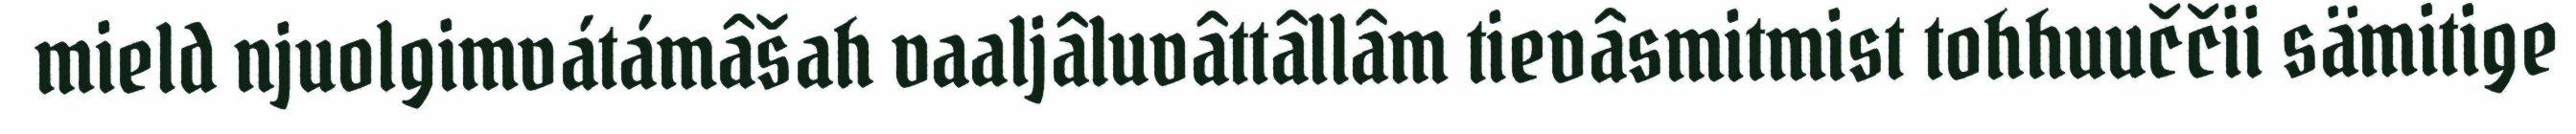
mield njuolgimvátámâšah vaaljâluvâttâllâm tievâsmitmist tohhuuččii sämitige